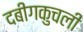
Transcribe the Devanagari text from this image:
दबीगकुचली